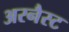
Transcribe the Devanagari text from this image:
अरनैस्ट